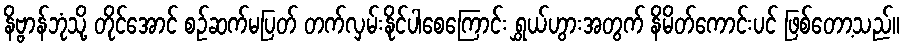
နိဗ္ဗာန်ဘုံသို့ တိုင်အောင် စဉ်ဆက်မပြတ် တက်လှမ်းနိုင်ပါစေကြောင်း ရွှယ်ဟွားအတွက် နိမိတ်ကောင်းပင် ဖြစ်တော့သည်။